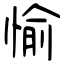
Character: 愉